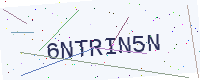
Text: 6NTRIN5N